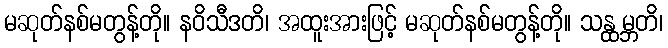
မဆုတ်နစ်မတွန့်တို။ နဝိသီဒတိ၊ အထူးအားဖြင့် မဆုတ်နစ်မတွန့်တို။ သန္ထမ္ဘတိ၊